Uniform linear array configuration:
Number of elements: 32
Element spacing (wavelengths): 0.5
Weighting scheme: hamming
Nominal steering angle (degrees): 60
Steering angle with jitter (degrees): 59.096
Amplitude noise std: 0.05
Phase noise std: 0.05

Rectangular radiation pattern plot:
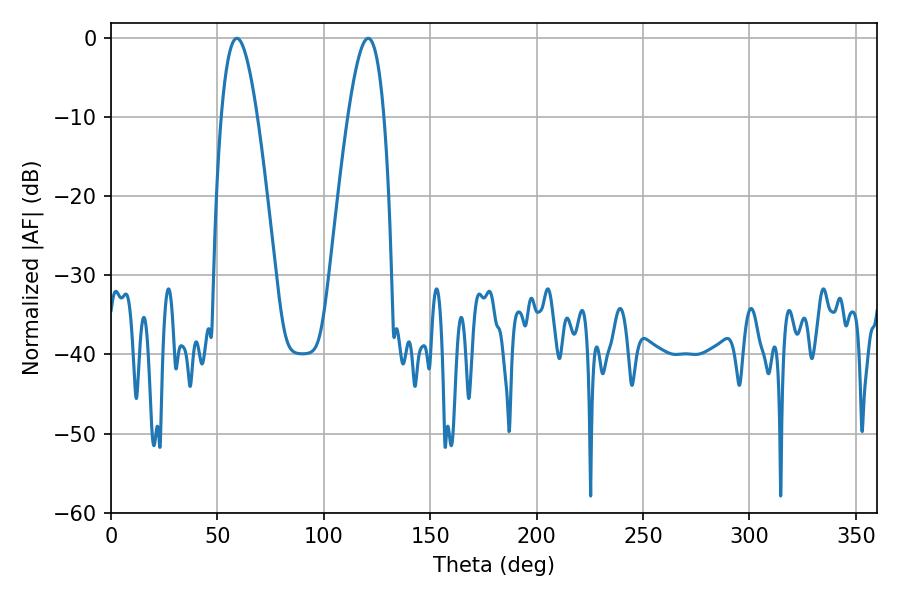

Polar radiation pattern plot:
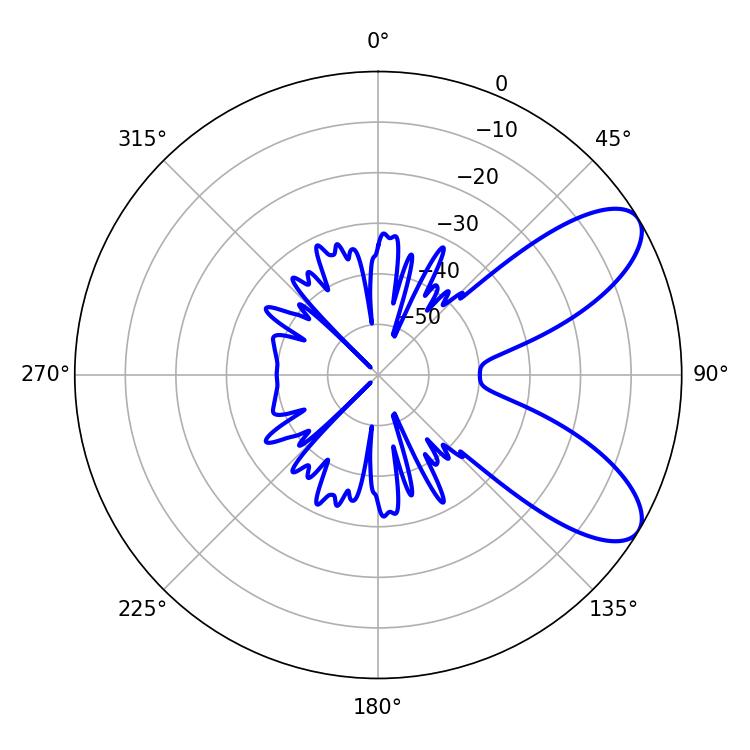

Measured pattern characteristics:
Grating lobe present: FALSE
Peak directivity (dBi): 8.229
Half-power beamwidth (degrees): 9.18
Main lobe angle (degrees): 120.78